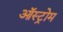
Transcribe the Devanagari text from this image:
ऑस्ट्रोम